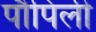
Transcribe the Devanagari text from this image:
पौपिली